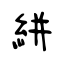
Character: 絣